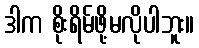
ဒါက စိုးရိမ်ဖို့မလိုပါဘူး။